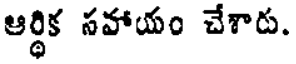
ఆర్థిక సహాయం చేశారు.